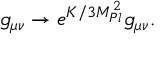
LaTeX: g _ { \mu \nu } \rightarrow e ^ { K / 3 M _ { P l } ^ { 2 } } g _ { \mu \nu } .